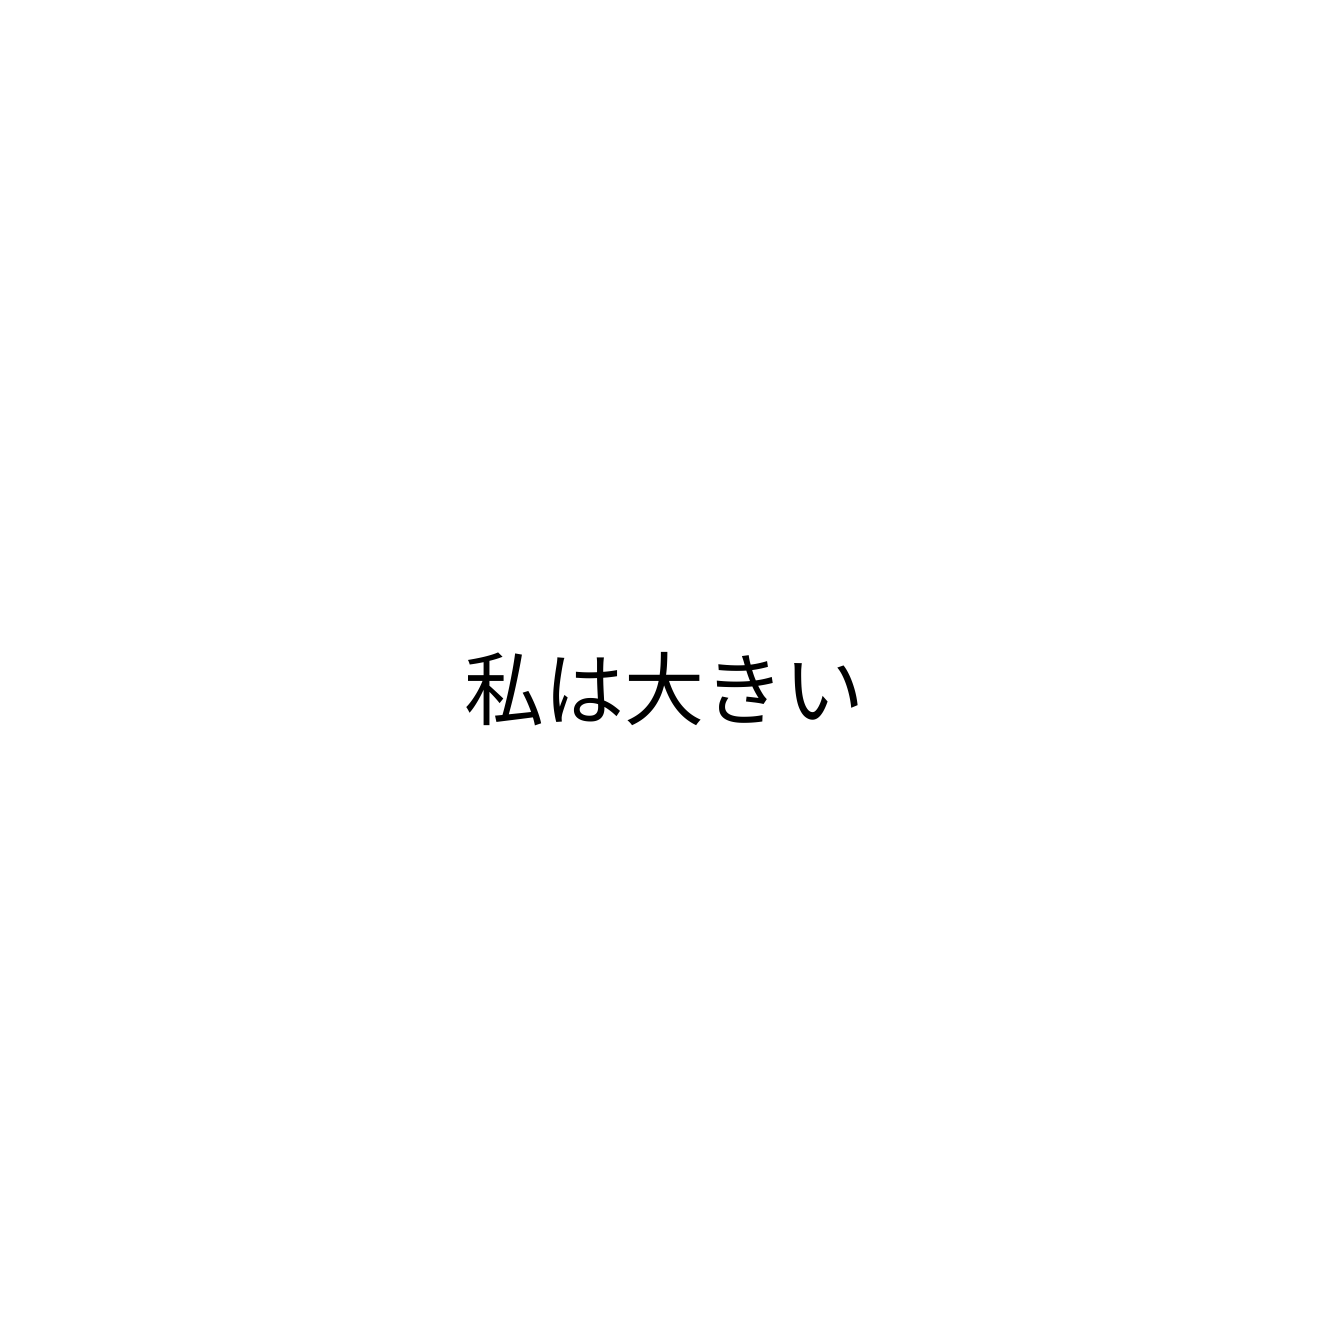
私は大きい